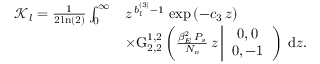
\begin{array} { r l } { \mathcal { K } _ { l } = \frac { 1 } { 2 \ln ( 2 ) } \int _ { 0 } ^ { \infty } } & { z ^ { \, b _ { l } ^ { ( 3 ) } - 1 } \, \exp \left( - c _ { 3 } \, z \right) \, } \\ & { \times \mathrm { G } _ { 2 , 2 } ^ { 1 , 2 } \left( \frac { \beta _ { E } ^ { 2 } \, P _ { s } } { N _ { o } } \, z \left| \begin{array} { c } { 0 , 0 } \\ { 0 , - 1 } \end{array} \right. \right) \, \mathrm { d } z . } \end{array}